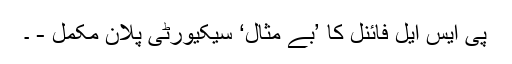
پی ایس ایل فائنل کا ’بے مثال‘ سیکیورٹی پلان مکمل - ۔